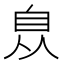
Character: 𦤈